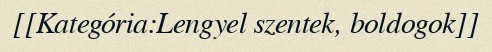
[[Kategória:Lengyel szentek, boldogok]]